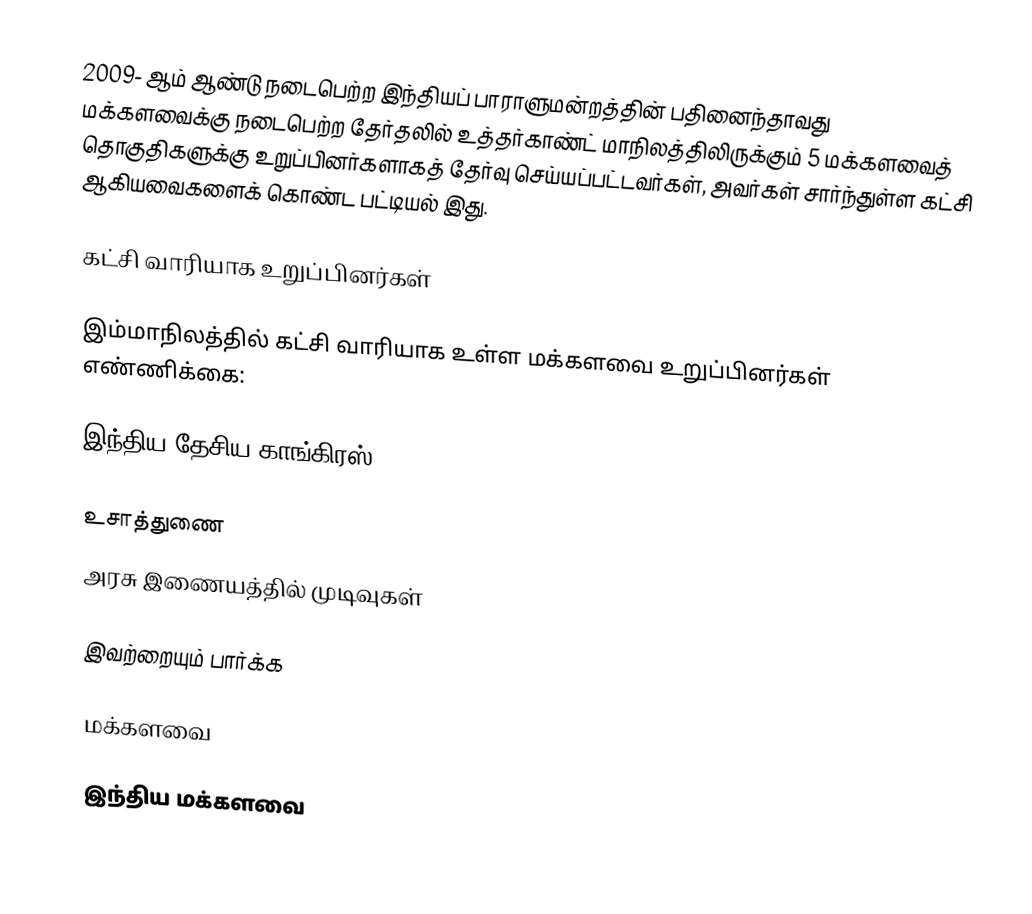
2009- ஆம் ஆண்டு நடைபெற்ற இந்தியப் பாராளுமன்றத்தின் பதினைந்தாவது மக்களவைக்கு நடைபெற்ற தேர்தலில் உத்தர்காண்ட் மாநிலத்திலிருக்கும் 5 மக்களவைத் தொகுதிகளுக்கு உறுப்பினர்களாகத் தேர்வு செய்யப்பட்டவர்கள், அவர்கள் சார்ந்துள்ள கட்சி ஆகியவைகளைக் கொண்ட பட்டியல் இது.

கட்சி வாரியாக உறுப்பினர்கள்

இம்மாநிலத்தில் கட்சி வாரியாக உள்ள மக்களவை உறுப்பினர்கள் எண்ணிக்கை:

இந்திய தேசிய காங்கிரஸ் - 5

உசாத்துணை
 அரசு இணையத்தில் முடிவுகள்

இவற்றையும் பார்க்க

 மக்களவை

இந்திய மக்களவை